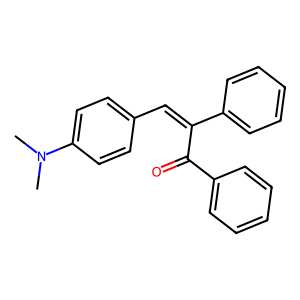
SMILES: CN(C)c1ccc(C=C(C(=O)c2ccccc2)c2ccccc2)cc1
Inhibits HIV replication: No